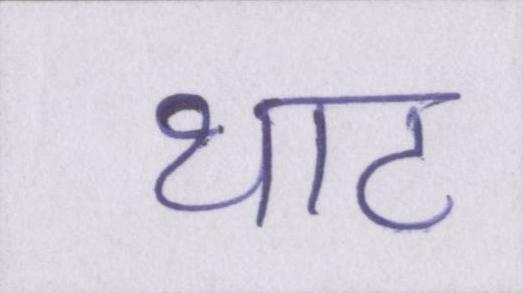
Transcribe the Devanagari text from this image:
थाट